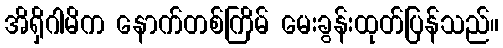
အိရှိဂါမိက နောက်တစ်ကြိမ် မေးခွန်းထုတ်ပြန်သည်။